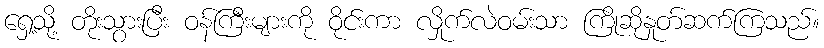
ရှေ့သို့ တိုးသွားပြီး ဝန်ကြီးများကို ဝိုင်းကာ လှိုက်လဲဝမ်းသာ ကြိုဆိုနှုတ်ဆက်ကြသည်။